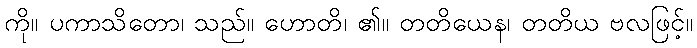
ကို။ ပကာသိတော၊ သည်။ ဟောတိ၊ ၏။ တတိယေန၊ တတိယ ဗလဖြင့်။